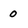
Character: O